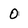
Character: 0